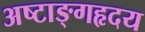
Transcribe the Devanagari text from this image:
अष्टाङ्गहृदय